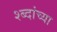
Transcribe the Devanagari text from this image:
श्ब्दांच्या